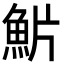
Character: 魸